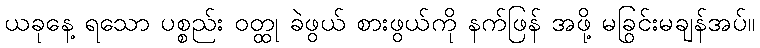
ယခုနေ့ ရသော ပစ္စည်း ဝတ္ထု ခဲဖွယ် စားဖွယ်ကို နက်ဖြန် အဖို့ မခြွင်းမချန်အပ်။